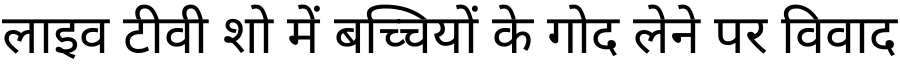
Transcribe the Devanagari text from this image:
लाइव टीवी शो में बच्चियों के गोद लेने पर विवाद